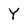
Character: Y